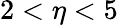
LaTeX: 2<\eta<5